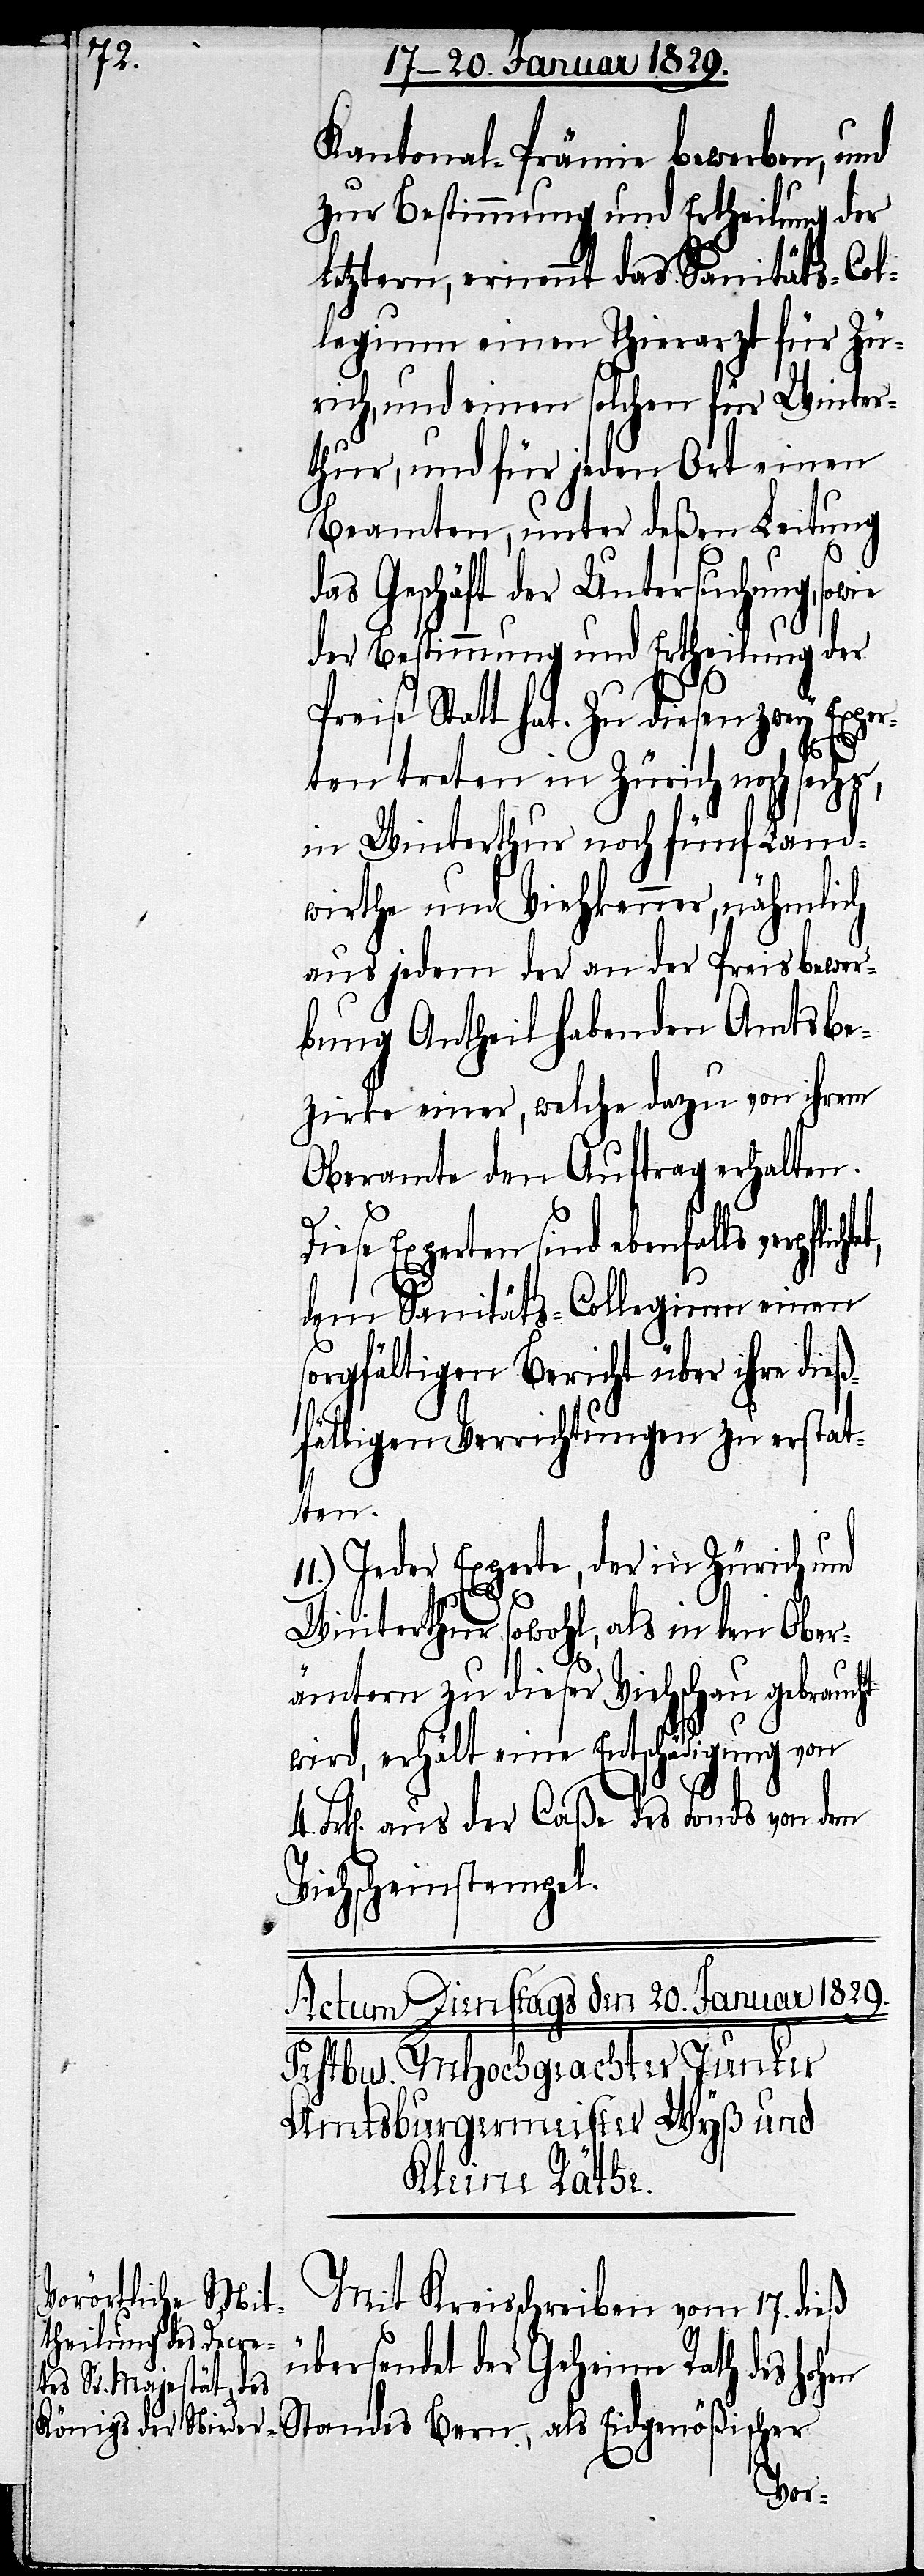
Kantonal-Prämie bewerben, und
zur Bestimmung und Ertheilung der
letztern, ernennt das Sanitäts-Col¬
legium einen Thierarzt für Zü¬
rich, einen solchen für Winter¬
thur, und für jeden Ort einen
Beamten, unter deßen Leitung
das Geschäft der Untersuchung,
der Bestimmung und Ertheilung der
Preise Statt hat. Zu diesen zwey Exper¬
ten treten in Zürich noch sechs,
in Winterthur noch fünf Land¬
wirthe und Viehkenner, nähmlich
aus jedem der an der Preisbewer¬
bung Antheil habenden Amtsbe¬
zirke einer, welche dazu von ihrem
Oberamte den Auftrag erhalten.
Diese Experten sind ebenfalls verpflicht¬
dem Sanitäts-Collegium einen
sorgfältigen Bericht über ihre die¬
ßfälligen Verrichtungen zu erstat¬
ten.
11.) Jeder Experte, der in Zürich und
et,
d¬
Winterthur sowohl, als in den Ober¬
ämtern zu dieser Viehschau gebraucht
wird, erhält eine Entschädigung von
Frk[en]. aus der Caße des Fonds von dem
Viehscheinstempel.
Mit Kreisschreiben vom 17. dieß
übersendet der Geheime Rath
ischer
Standes Bern, als Eidgenöß¬